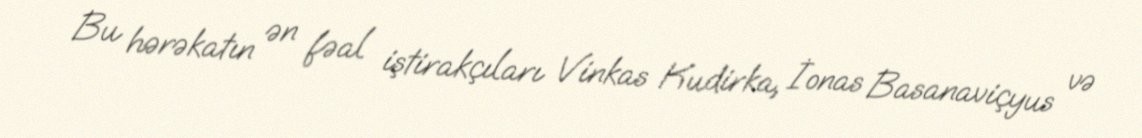
Bu hərəkatın ən fəal iştirakçıları Vinkas Kudirka, İonas Basanaviçyus və